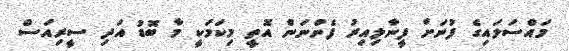
މައްސަލައިގެ ފުނަށް ފީނާލިއިރު ފެންނަން އޮތީ މިކަމަކީ މާ ބޮޑު އަދި ސީރިއަސް